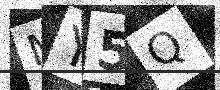
Text: MY5Q